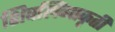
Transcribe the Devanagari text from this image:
शिवलिंगाकृती